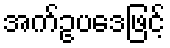
အက်ဥပဒေဖြင့်